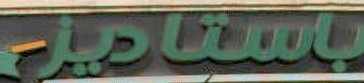
باستاديل